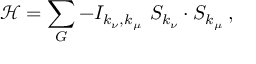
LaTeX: { \mathcal { H } } = \sum _ { G } - I _ { k _ { \nu } , k _ { \mu } } \, \, S _ { k _ { \nu } } \cdot S _ { k _ { \mu } } \, ,